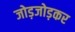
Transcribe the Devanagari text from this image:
जोड़जोड़कर